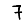
Digit: 7